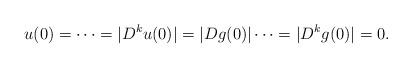
LaTeX: \begin{align*}u(0)=\cdots=|D^ku(0)|=|Dg(0)|\cdots=|D^kg(0)|=0.\end{align*}